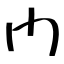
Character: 門